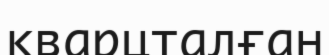
кварцталған